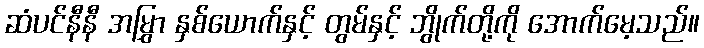
ဆံပင်နီနီ အမြွှာ နှစ်ယောက်နှင့် တွမ်နှင့် ဘွိုက်တို့ကို အောက်မေ့သည်။